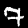
Digit: 7